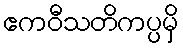
ဧကဝီသတိကပ္ပမှိ